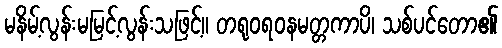
မနိမ့်လွန်းမမြင့်လွန်းသဖြင့်။ တရုဝရဝနမတ္တကာပိ၊ သစ်ပင်တော၏